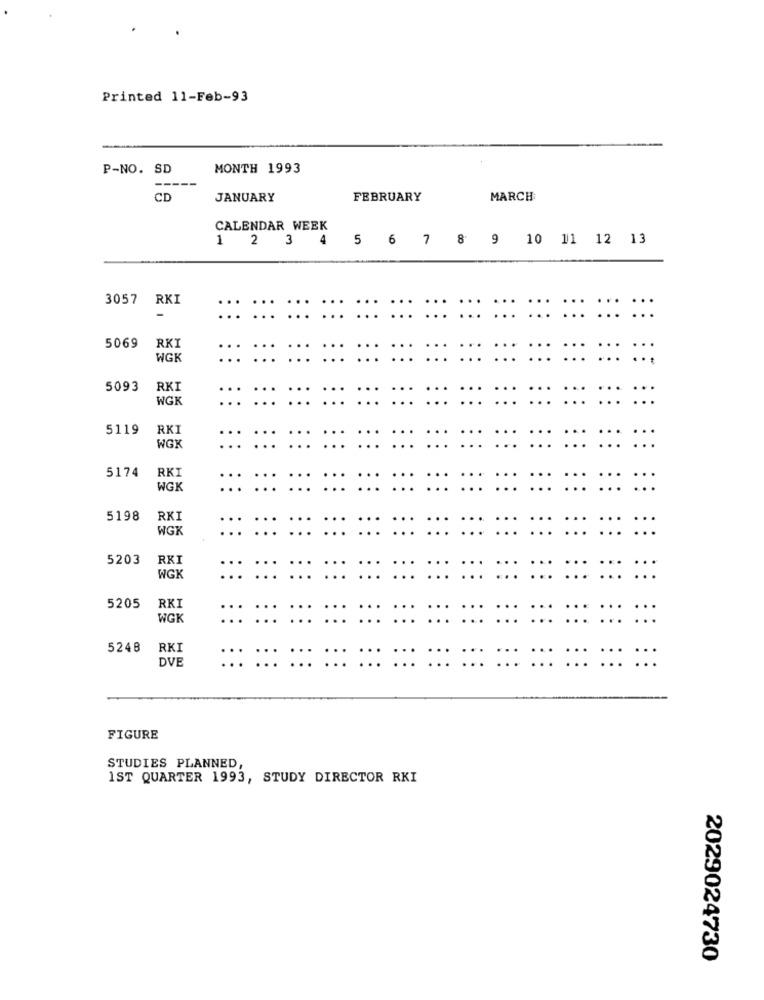
Printed 11-Feb-93
P-NO. SD
MONTH 1993
CD
JANUARY
FEBRUARY
MARCH
CALENDAR WEEK
5 6 7 8 9 10 11 12 13
1 2 3
4
3057 RKI
:::
:::
5069
RKI
WGH
...
5093
RKI
WGK
5119
RKI
WGX
5174
RKI
WGK
5198
RK1
WGX
5203
RKI
WGK
5205
RKI
WGK
5248
RKI
OVE
:::
:::
FIGURE
STUDIES PLANNED,
1ST QUARTER 1993, STUDY DIRECTOR RKI
2029024730